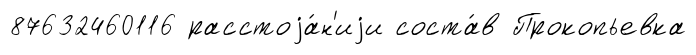
87632460116 расстоjа́н'иjи соста́в Прокопьевка